Streptothrix isolated from the spleen of a leper - Number 51
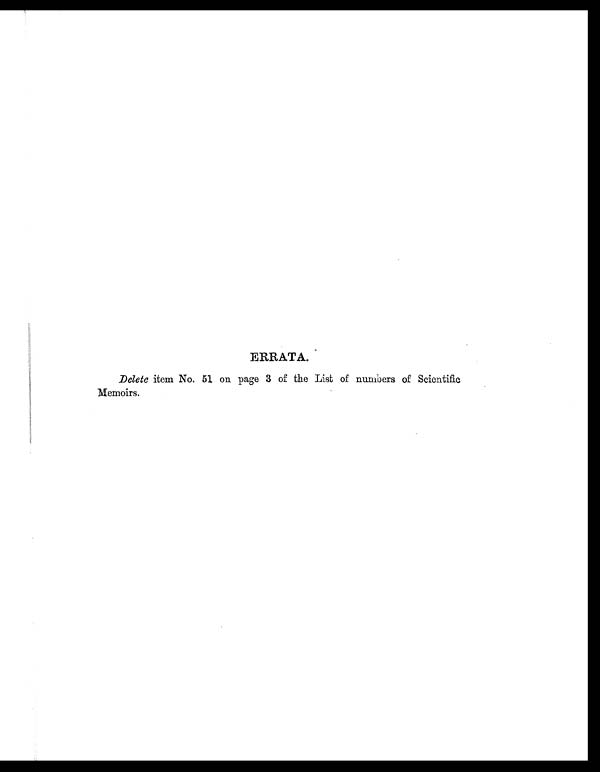
ERRATA.
Delete item No. 51 on page 3 of the List of numbers of Scientific
Memoirs.